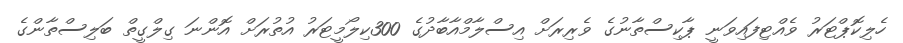
ހެލިކޮޕްޓަރު ވެއްޓިފައިވަނީ ޕާކިސްތާނުގެ ވެރިރަށް އިސްލާމްއާބާދުގެ 300ކިލޯމީޓަރު އުތުރަށް އޮންނަ ގިލްގީތް ބަލިސްތާންގެ